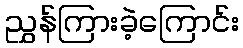
ညွှန်ကြားခဲ့ကြောင်း